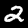
Digit: 2